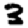
Digit: 3